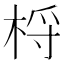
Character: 㭩